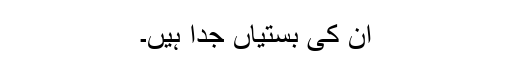
ان کی بستیاں جدا ہیں۔